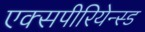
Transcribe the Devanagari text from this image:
एक्सपीरियेन्स्ड